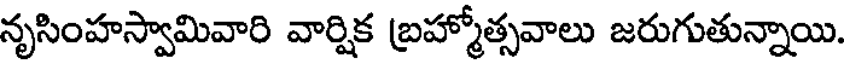
నృసింహస్వామివారి వార్షిక బ్రహ్మోత్సవాలు జరుగుతున్నాయి.